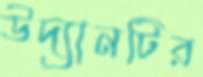
উদ্যানটির